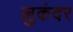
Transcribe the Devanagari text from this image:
लुकंदर